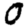
Digit: 0